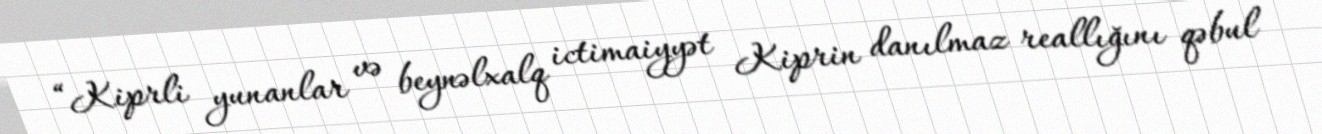
“Kiprli yunanlar və beynəlxalq ictimaiyyət Kiprin danılmaz reallığını qəbul